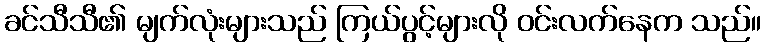
ခင်သီသီ၏ မျက်လုံးများသည် ကြယ်ပွင့်များလို ဝင်းလက်နေက သည်။